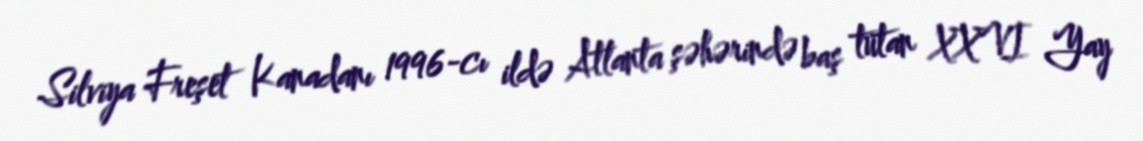
Silviya Freşet Kanadanı 1996-cı ildə Atlanta şəhərində baş tutan XXVI Yay